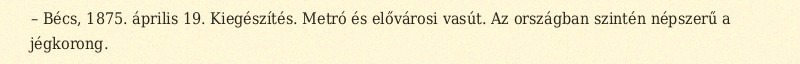
– Bécs, 1875. április 19. Kiegészítés. Metró és elővárosi vasút. Az országban szintén népszerű a jégkorong.